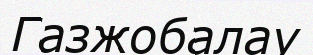
Газжобалау